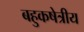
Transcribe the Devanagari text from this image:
बहुकषेत्रीय